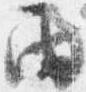
雨